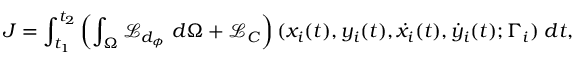
J = \int _ { t _ { 1 } } ^ { t _ { 2 } } \left( \int _ { \Omega } \mathcal { L } _ { d _ { \phi } } \; d \Omega + \mathcal { L } _ { C } \right) ( x _ { i } ( t ) , y _ { i } ( t ) , \dot { x } _ { i } ( t ) , \dot { y } _ { i } ( t ) ; \Gamma _ { i } ) \; d t ,